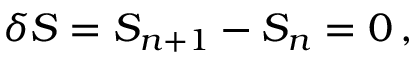
\delta S = S _ { n + 1 } - S _ { n } = 0 \, ,